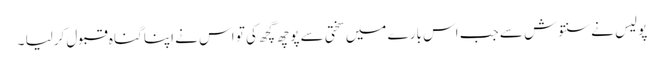
پولیس نے سنتوش سے جب اس بارے میں سختی سے پوچھ گچھ کی تو اس نے اپنا گناہ قبول کرلیا ۔